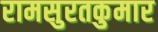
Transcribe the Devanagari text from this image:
रामसुरतकुमार